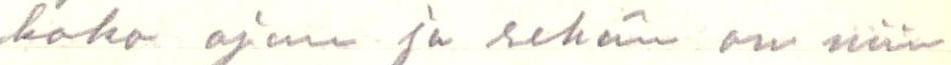
koko ajan ja sehän on niin